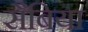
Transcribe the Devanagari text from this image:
सैबिया